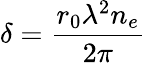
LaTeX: \delta={\frac{r_{0}\lambda^{2}n_{e}}{2\pi}}